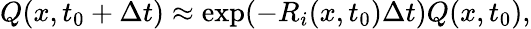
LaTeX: Q(x,t_{0}+\Delta t)\approx\exp(-R_{i}(x,t_{0})\Delta t)Q(x,t_{0}),